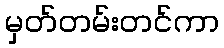
မှတ်တမ်းတင်ကာ